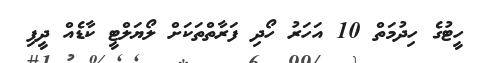
ހީޓުގެ ހިދުމަތް 10 އަހަރު ހޯދި ފަރާތްތަކަށް ލޯޔަލްޓީ ކާޑެއް ދީފި